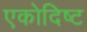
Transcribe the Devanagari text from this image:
एकोदिष्ट